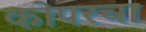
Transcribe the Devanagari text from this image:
कोपरचा